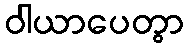
ဝါယာပေတွာ